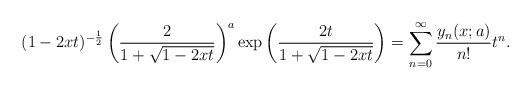
LaTeX: \begin{align*}(1-2xt)^{-\frac{1}{2}}\left(\frac{2}{1+\sqrt{1-2xt}}\right)^a\exp \left(\frac{2t}{1+\sqrt{1-2xt}}\right)=\sum_{n=0}^\infty \frac{y_n(x;a)}{n!}t^n.\end{align*}